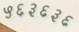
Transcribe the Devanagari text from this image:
५६३६३६